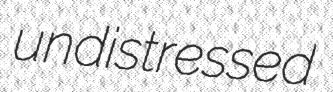
undistressed